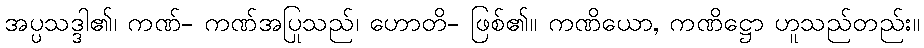
အပ္ပသဒ္ဒါ၏၊ ကဏ်- ကဏ်အပြုသည်၊ ဟောတိ- ဖြစ်၏။ ကဏိယော, ကဏိဋ္ဌော ဟူသည်တည်း။